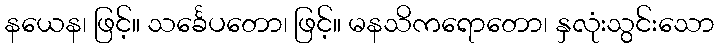
နယေန၊ ဖြင့်။ သင်္ခေပတော၊ ဖြင့်။ မနသိကရောတော၊ နှလုံးသွင်းသော